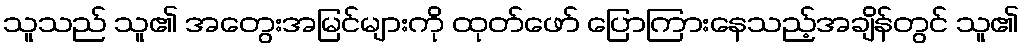
သူသည် သူ၏ အတွေးအမြင်များကို ထုတ်ဖော် ပြောကြားနေသည့်အချိန်တွင် သူ၏